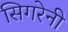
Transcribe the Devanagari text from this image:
सिगरेनी